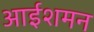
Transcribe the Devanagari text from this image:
आईशमन